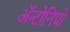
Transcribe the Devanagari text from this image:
ॲन्टोनियो